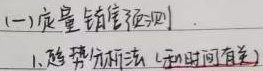
(一)定量销售预测
1. 趋势分析法（和时间有关）